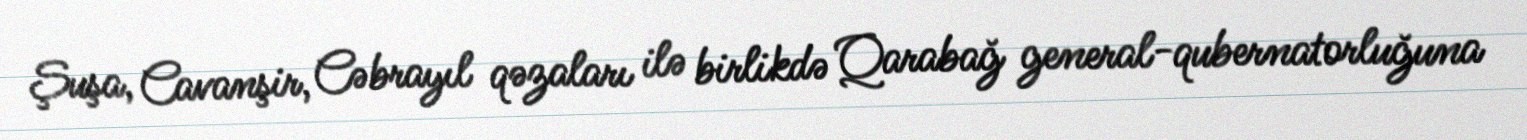
Şuşa, Cavanşir, Cəbrayıl qəzaları ilə birlikdə Qarabağ general-qubernatorluğuna